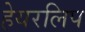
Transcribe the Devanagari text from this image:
हेयरलिप